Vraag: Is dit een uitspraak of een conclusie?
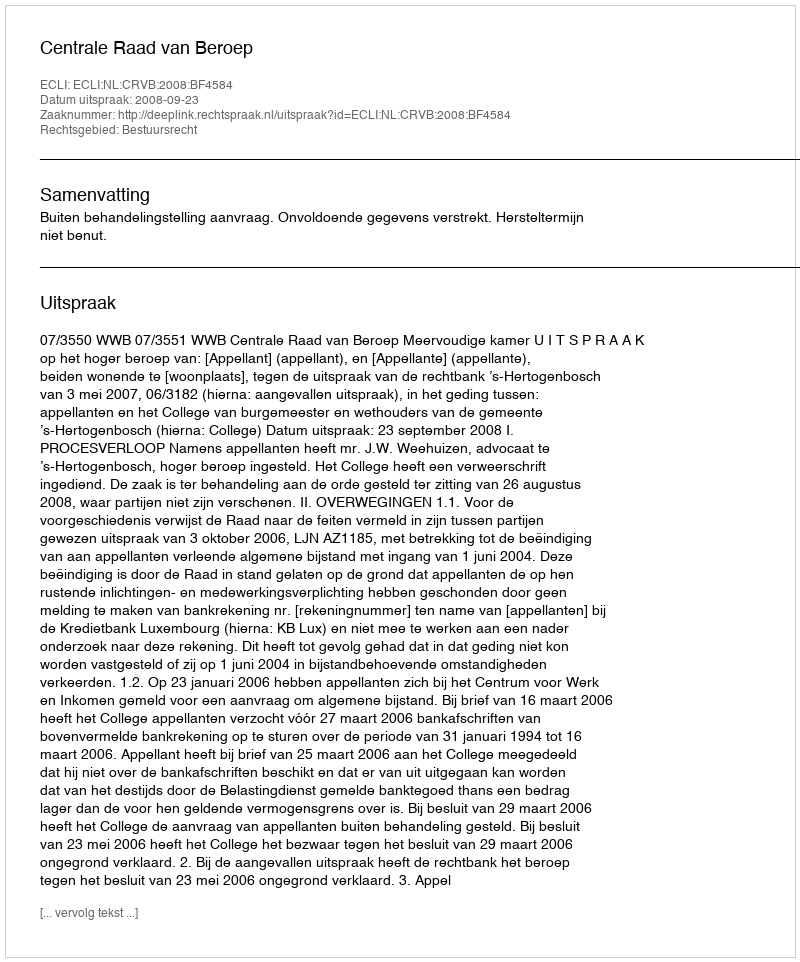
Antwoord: Uitspraak